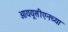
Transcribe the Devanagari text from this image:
आययूसीएनच्या